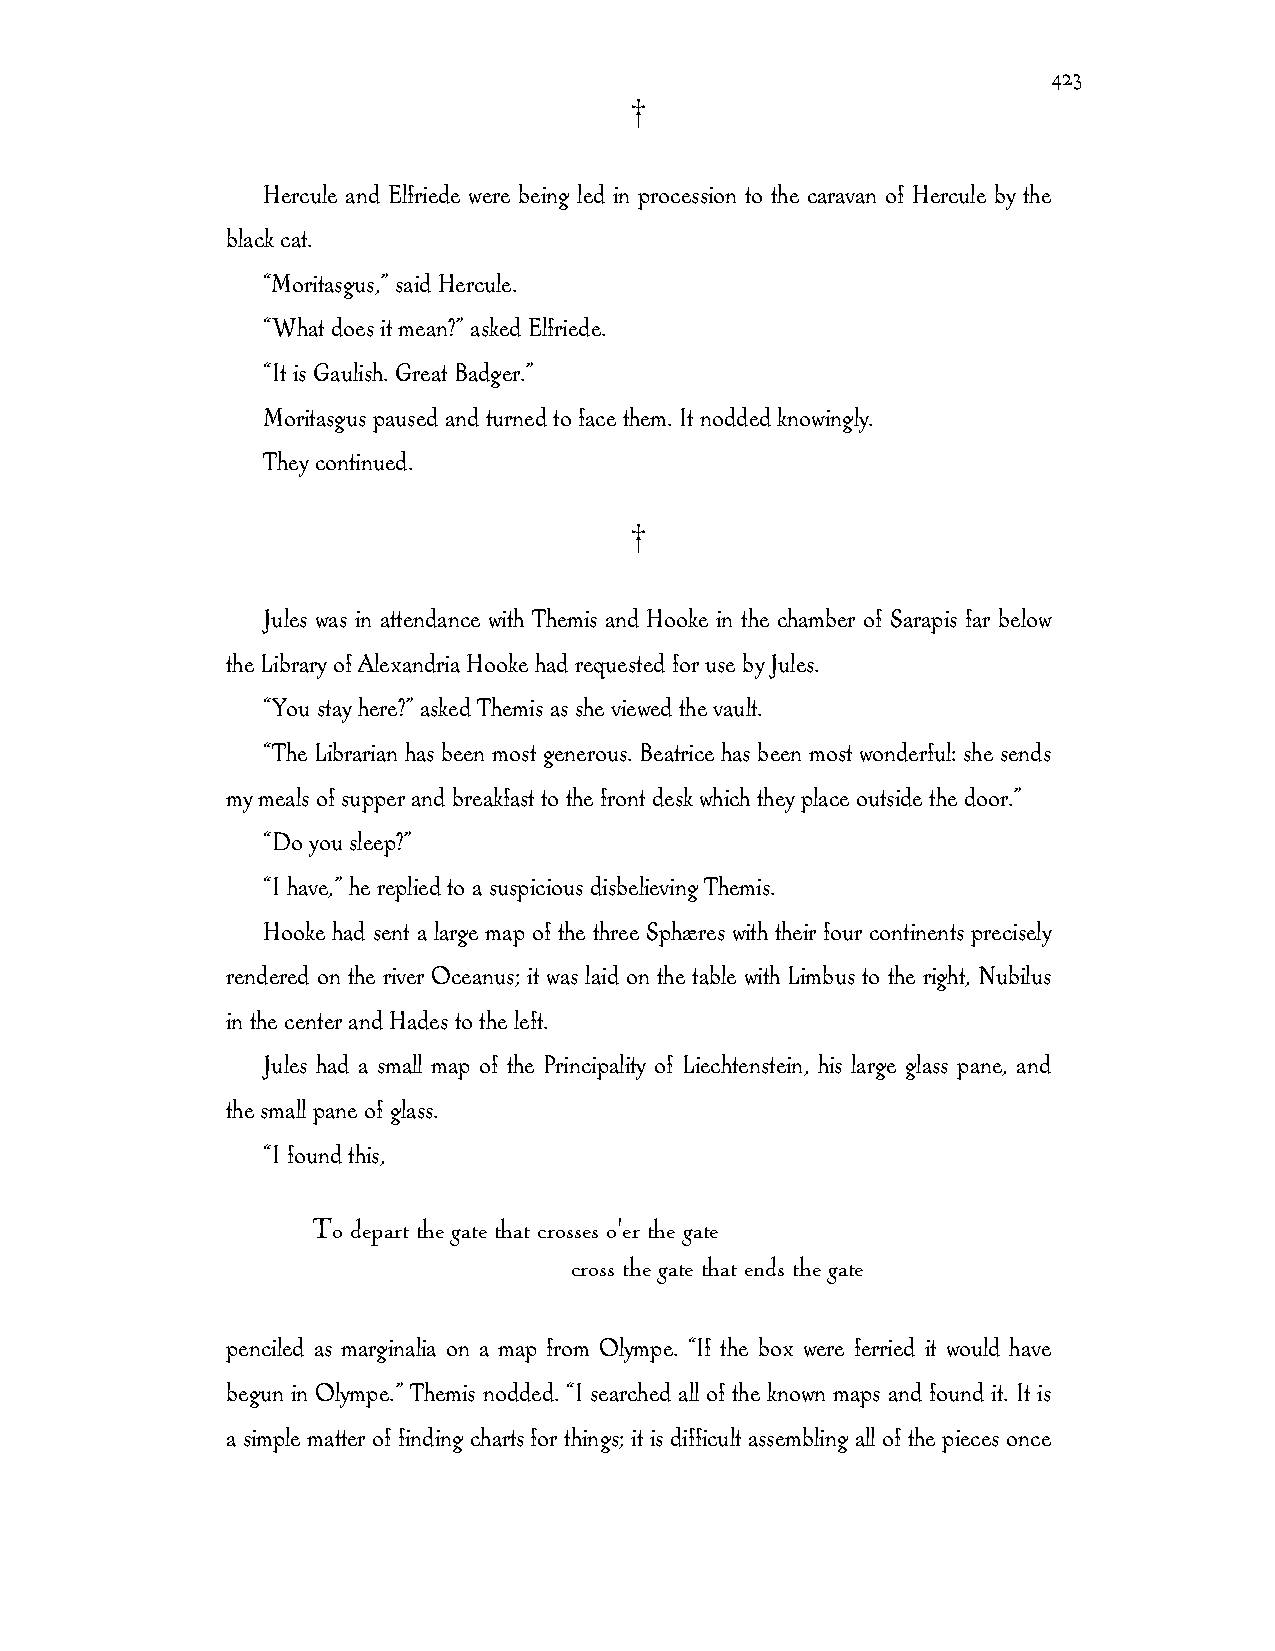
423
 †
 Hercule and Elfriede were being led in procession to the caravan of Hercule by the
 black cat.
 “Moritasgus,” said Hercule.
 “What does it mean?” asked Elfriede.
 “It is Gaulish. Great Badger.”
 Moritasgus paused and turned to face them. It nodded knowingly.
 They continued.
 †
 Jules was in attendance with Themis and Hooke in the chamber of Sarapis far below
 the Library of Alexandria Hooke had requested for use by Jules.
 “You stay here?” asked Themis as she viewed the vault.
 “The Librarian has been most generous. Beatrice has been most wonderful: she sends
 my meals of supper and breakfast to the front desk which they place outside the door.”
 “Do you sleep?”
 “I have,” he replied to a suspicious disbelieving Themis.
 Hooke had sent a large map of the three Sphæres with their four continents precisely
 rendered on the river Oceanus; it was laid on the table with Limbus to the right, Nubilus
 in the center and Hades to the left.
 Jules had a small map of the Principality of Liechtenstein, his large glass pane, and
 the small pane of glass.
 “I found this,
 To depart the gate that crosses o'er the gate
 cross the gate that ends the gate
 penciled as marginalia on a map from Olympe. “If the box were ferried it would have
 begun in Olympe.” Themis nodded. “I searched all of the known maps and found it. It is
 a simple matter of finding charts for things; it is difficult assembling all of the pieces once